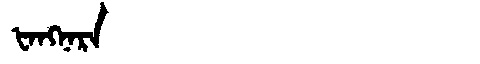
Manchu: ᡶᠠᠩᠨᠠᡵᠠ
Romanization: FANGNARA